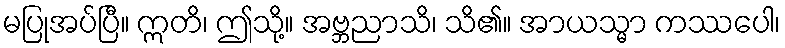
မပြုအပ်ပြီ။ ဣတိ၊ ဤသို့။ အဗ္ဘညာသိ၊ သိ၏။ အာယသ္မာ ကဿပေါ၊